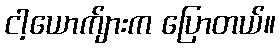
ငါ့ယောက်ျားက ပြောတယ်။